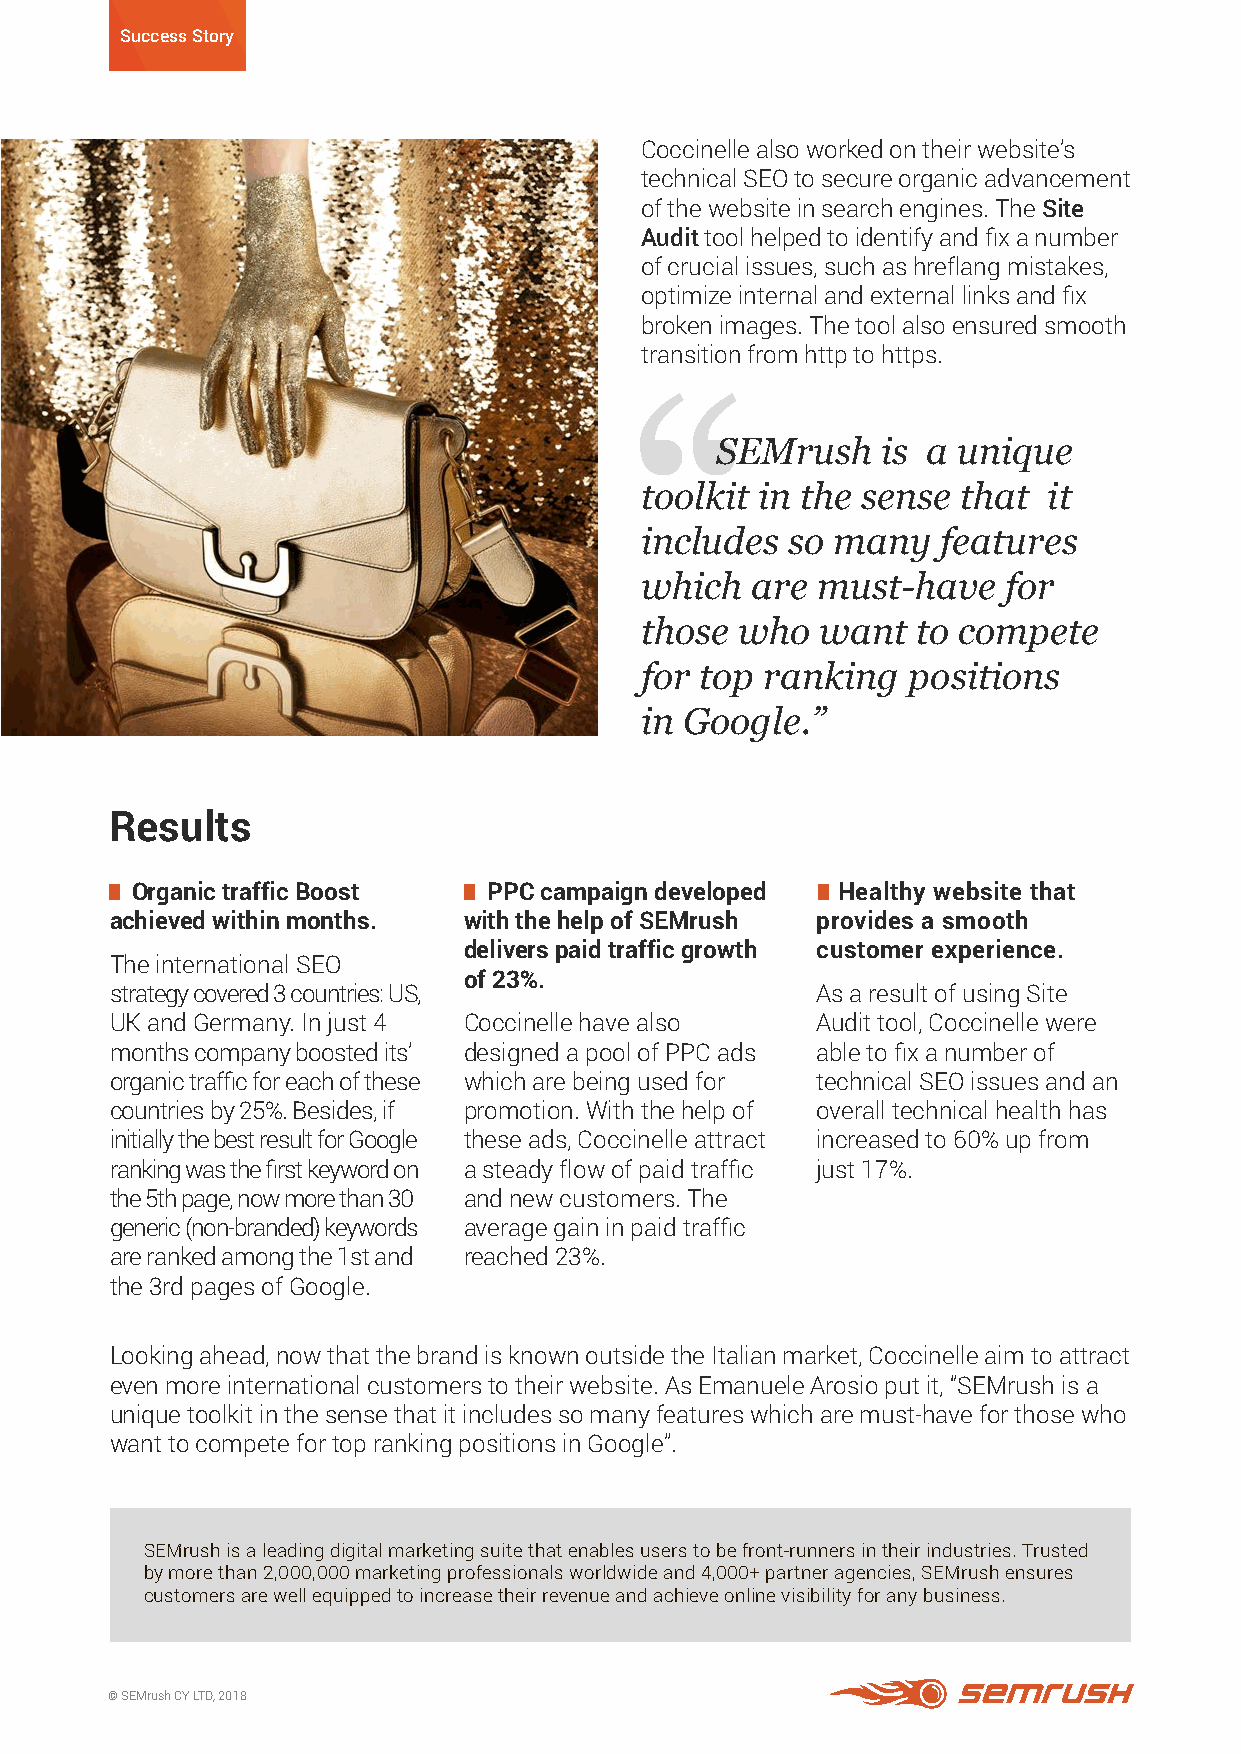
Success Story
 Coccinelle also worked on their website’s
 technical SEO to secure organic advancement
 of the website in search engines. The Site
 Audit tool helped to identify and fix a number
 of crucial issues, such as hreflang mistakes,
 optimize internal and external links and fix
 broken images. The tool also ensured smooth
 transition from http to https.
 SEMrush    is a unique
 toolkit in the sense  that it
 includes  so many   features
 which   are must-have   for
 those  who  want   to compete
 for top  ranking  positions
 in Google.”
 Results
 Organic traffic Boost  PPC campaign developed Healthy website that
 achieved within months. with the help of SEMrush provides a smooth
 delivers paid traffic growth customer experience.
 The international SEO
 of 23%.
 strategy covered 3 countries: US,              As a result of using Site
 UK and Germany. In just 4 Coccinelle have also Audit tool, Coccinelle were
 months company boosted its’ designed a pool of PPC ads able to fix a number of
 organic traffic for each of these which are being used for technical SEO issues and an
 countries by 25%. Besides, if promotion. With the help of overall technical health has
 initially the best result for Google these ads, Coccinelle attract increased to 60% up from
 ranking was the first keyword on a steady flow of paid traffic just 17%.
 the 5th page, now more than 30 and new customers. The
 generic (non-branded) keywords average gain in paid traffic
 are ranked among the 1st and reached 23%.
 the 3rd pages of Google.
 Looking ahead, now that the brand is known outside the Italian market, Coccinelle aim to attract
 even more international customers to their website. As Emanuele Arosio put it, “SEMrush is a
 unique toolkit in the sense that it includes so many features which are must-have for those who
 want to compete for top ranking positions in Google”.
 SEMrush is a leading digital marketing suite that enables users to be front-runners in their industries. Trusted
 by more than 2,000,000 marketing professionals worldwide and 4,000+ partner agencies, SEMrush ensures
 customers are well equipped to increase their revenue and achieve online visibility for any business.
 © SEMrush CY LTD, 2018